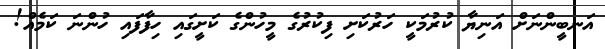
އަނބީންނަށް އަނިޔާ ކުރުމަކީ ހަރުކަށި ފިކުރުގެ މީހުންގެ ކަށީގައި ހިފާފައި ހުންނަ ކަމެއް!